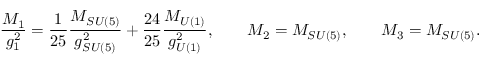
\frac { M _ { 1 } } { g _ { 1 } ^ { 2 } } = \frac { 1 } { 2 5 } \frac { M _ { S U ( 5 ) } } { g _ { S U ( 5 ) } ^ { 2 } } + \frac { 2 4 } { 2 5 } \frac { M _ { U ( 1 ) } } { g _ { U ( 1 ) } ^ { 2 } } , \qquad M _ { 2 } = M _ { S U ( 5 ) } , \qquad M _ { 3 } = M _ { S U ( 5 ) } .